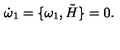
\dot { \omega } _ { 1 } = \lbrace \omega _ { 1 } , \tilde { H } \rbrace = 0 .